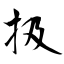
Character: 扱